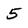
Character: 5